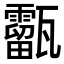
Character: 㽌